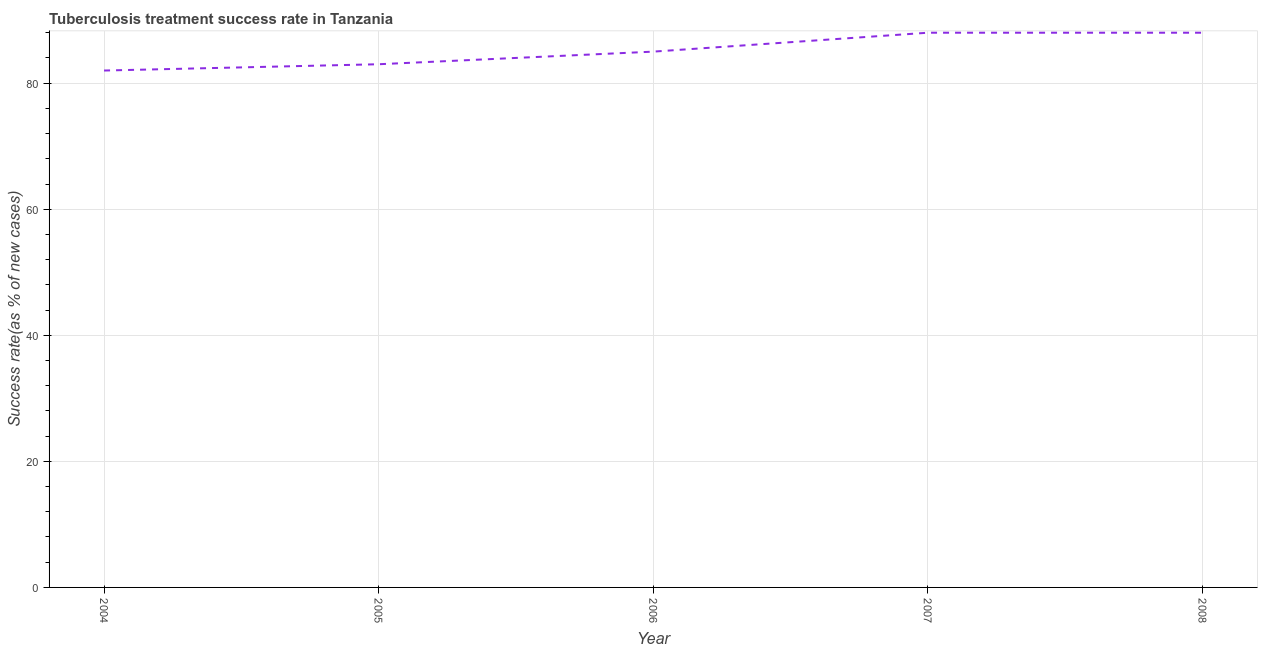
| Year | Tuberculosis treatment success rate |
 | --- | --- |
 | 2004 | 82 |
 | 2005 | 83 |
 | 2006 | 85 |
 | 2007 | 88 |
 | 2008 | 88 |